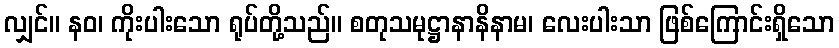
လျှင်။ နဝ၊ ကိုးပါးသော ရုပ်တို့သည်။ စတုသမုဋ္ဌာနာနိနာမ၊ လေးပါးသာ ဖြစ်ကြောင်းရှိသော